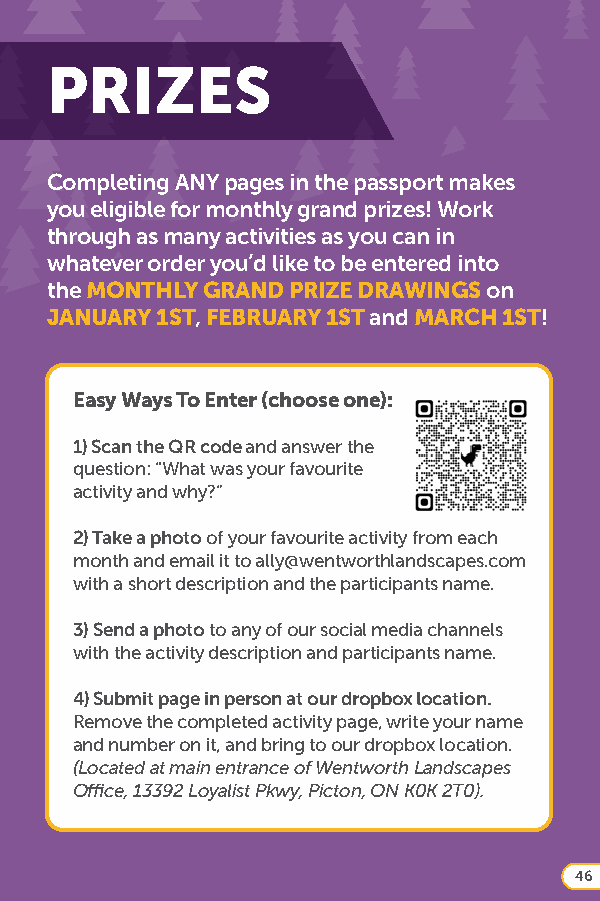
PRIZES
 Completing ANY pages in the passport makes
 you eligible for monthly grand prizes! Work
 through as many activities as you can in
 whatever order you’d like to be entered into
 the MONTHLY GRAND PRIZE DRAWINGS on
 JANUARY 1ST, FEBRUARY 1ST and MARCH 1ST!
 Easy Ways To Enter (choose one):
 1) Scan the QR code and answer the
 question: “What was your favourite
 activity and why?”
 2) Take a photo of your favourite activity from each
 month and email it to ally@wentworthlandscapes.com
 with a short description and the participants name.
 3) Send a photo to any of our social media channels
 with the activity description and participants name.
 4) Submit page in person at our dropbox location.
 Remove the completed activity page, write your name
 and number on it, and bring to our dropbox location.
 (Located at main entrance of Wentworth Landscapes
 Office, 13392 Loyalist Pkwy, Picton, ON K0K 2T0).
 46